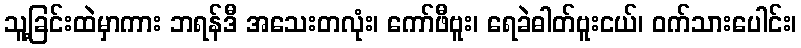
သူ့ခြင်းထဲမှာကား ဘရန်ဒီ အသေးတလုံး၊ ကော်ဖီဗူး၊ ရေခဲဓါတ်ဗူးငယ်၊ ဝက်သားပေါင်း၊